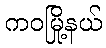
ကဝမြို့နယ်